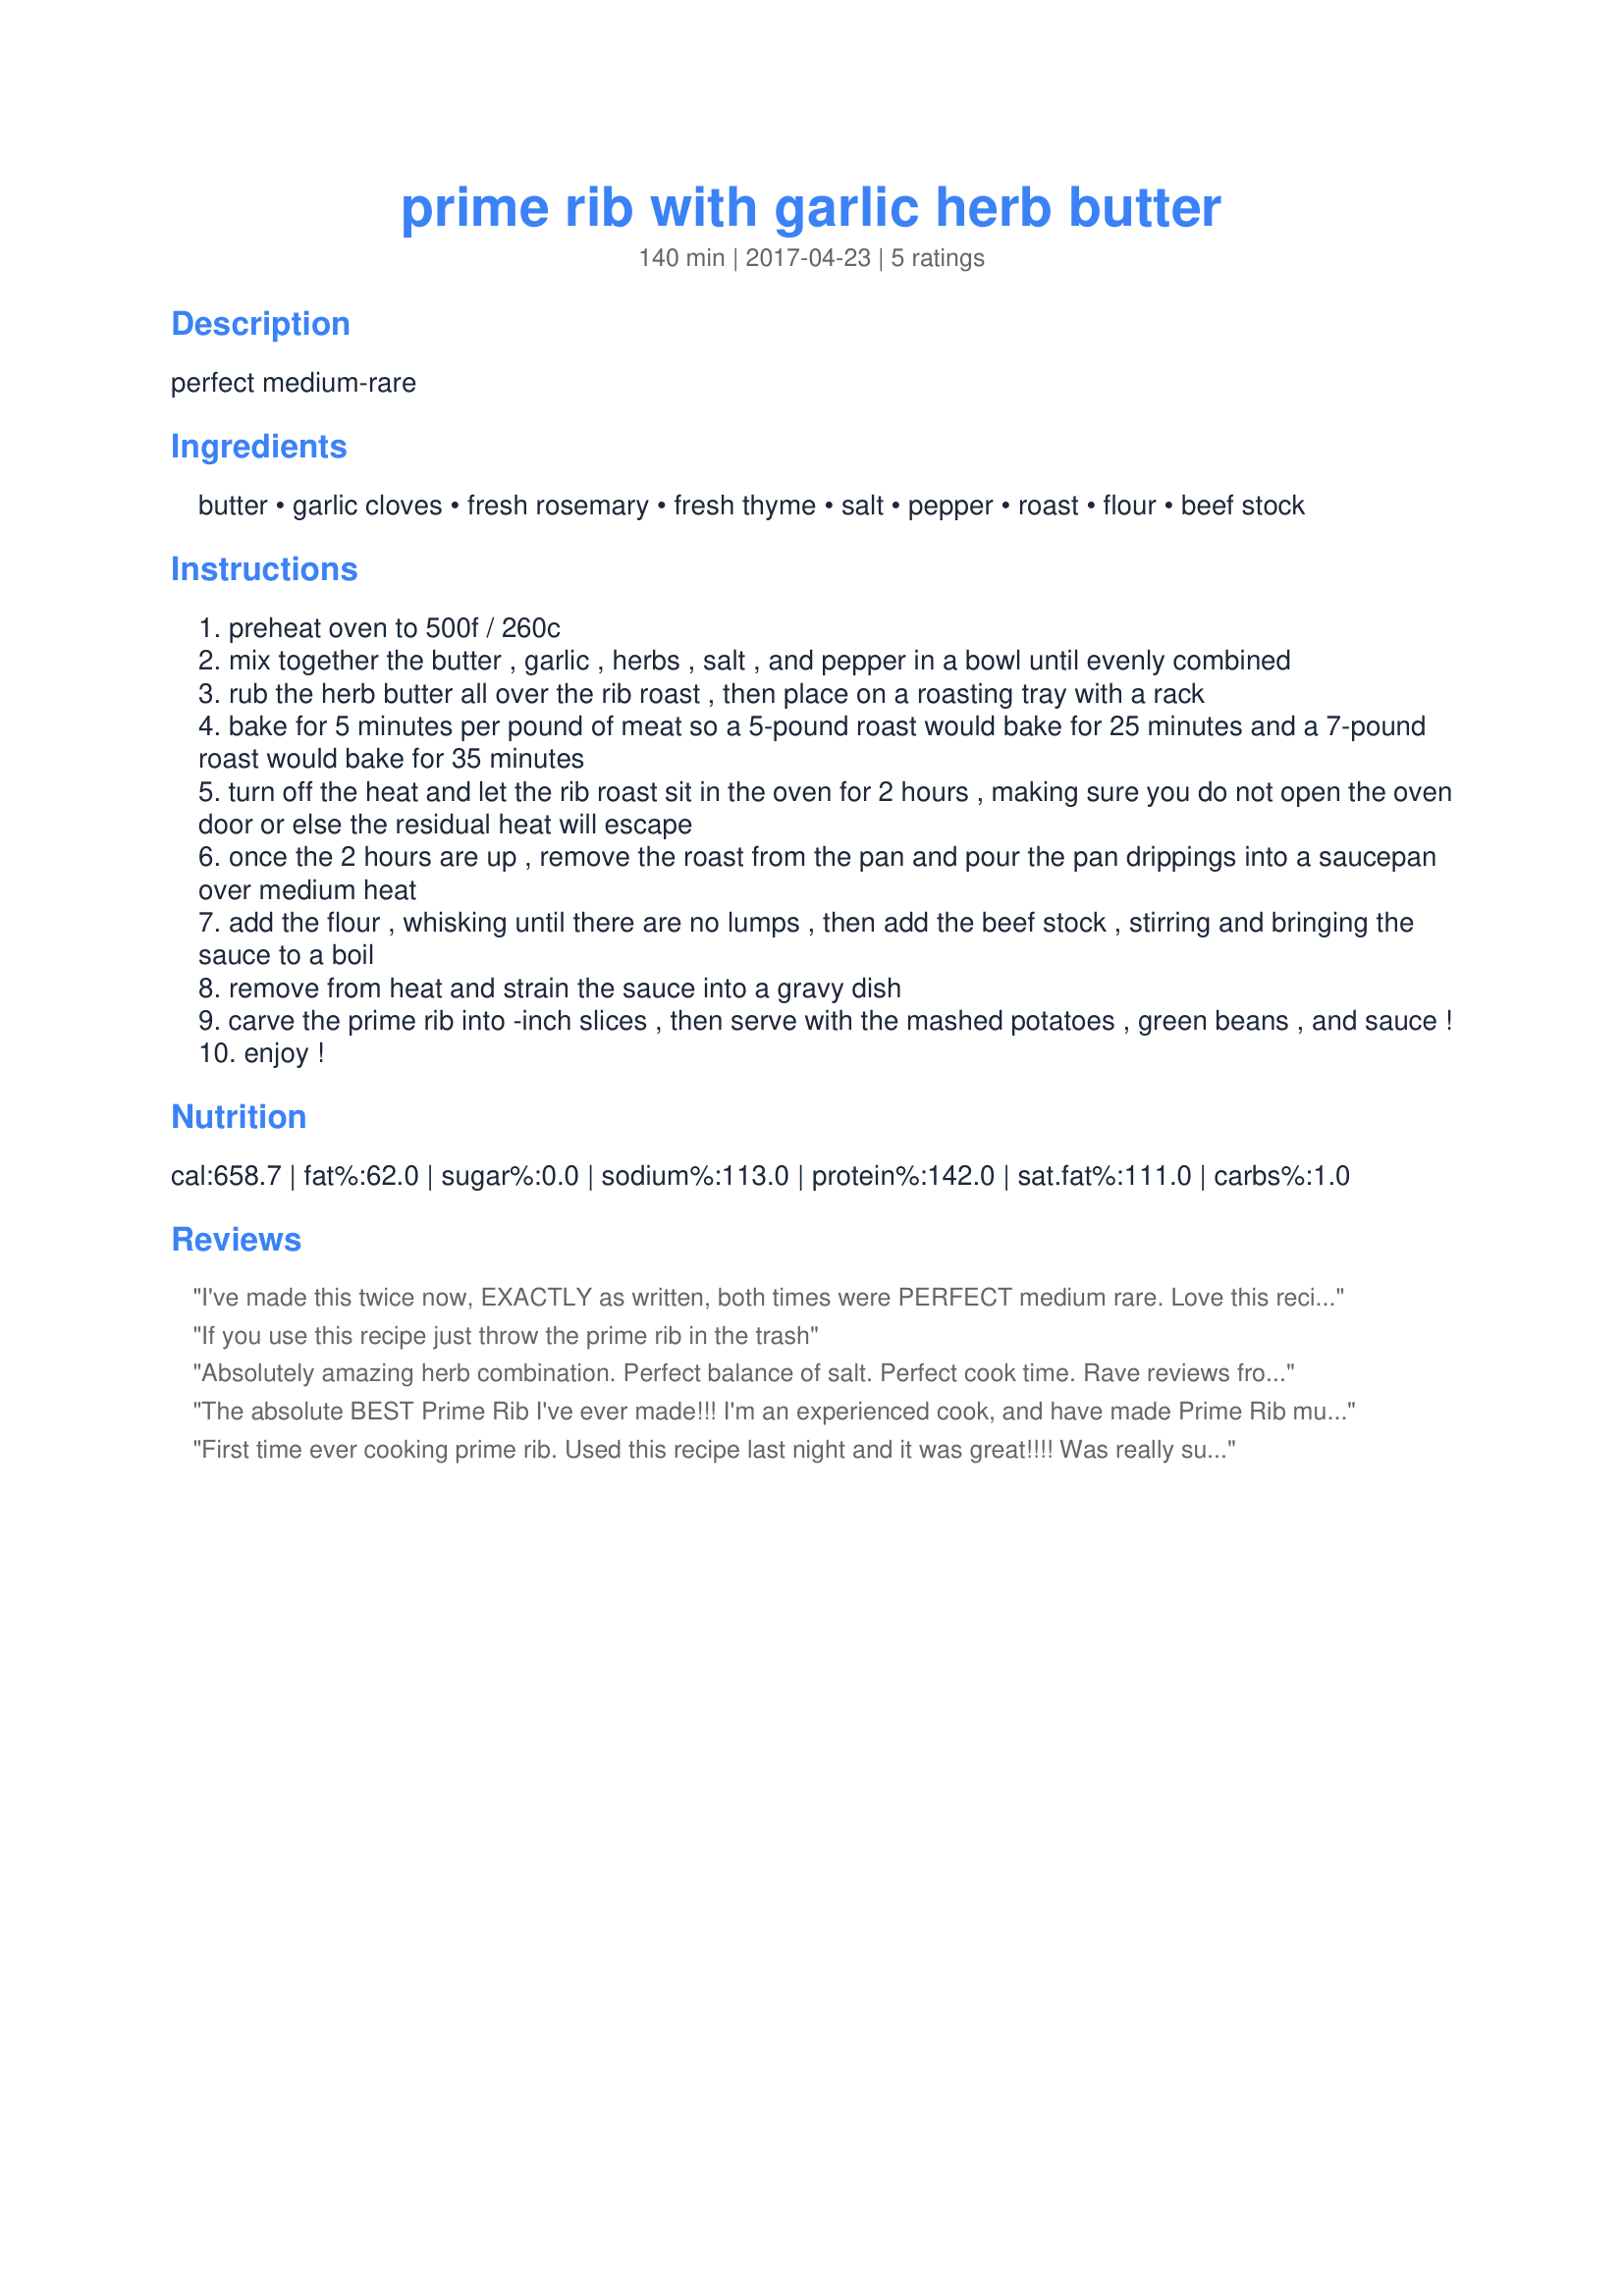
prime rib with garlic herb butter
Preparation time: 140 minutes

perfect medium-rare

Ingredients:
butter, garlic cloves, fresh rosemary, fresh thyme, salt, pepper, roast, flour, beef stock

Steps:
preheat oven to 500f / 260c
mix together the butter , garlic , herbs , salt , and pepper in a bowl until evenly combined
rub the herb butter all over the rib roast , then place on a roasting tray with a rack
bake for 5 minutes per pound of meat so a 5-pound roast would bake for 25 minutes and a 7-pound roast would bake for 35 minutes
turn off the heat and let the rib roast sit in the oven for 2 hours , making sure you do not open the oven door or else the residual heat will escape
once the 2 hours are up , remove the roast from the pan and pour the pan drippings into a saucepan over medium heat
add the flour , whisking until there are no lumps , then add the beef stock , stirring and bringing the sauce to a boil
remove from heat and strain the sauce into a gravy dish
carve the prime rib into -inch slices , then serve with the mashed potatoes , green beans , and sauce !
enjoy !

Reviews:
I've made this twice now, EXACTLY as written, both times were PERFECT medium rare. Love this recipe!!!
If you use this recipe just throw the prime rib in the trash
Absolutely amazing herb combination. Perfect balance of salt. Perfect cook time. Rave reviews from my guests.
The absolute BEST Prime Rib I've ever made!!! I'm an experienced cook, and have made Prime Rib multiple times ,but this by far is the best recipe I've ever used!! I've made this recipe with success multiple times!! Make sure you use a roasting rack. I find it browns better when I just wrap a cookie sheet with heavy foil, and put the roasting rack in top of it. Make sure to put beef broth on the bottom of the cookie sheet as well. It prevents the butter from getting burnt and no nasty burning smell or smoke. I set my oven on Convection Roast as well. Wrapping the pan in foil makes for easy clean up too! Bon Appetite!!
First time ever cooking prime rib. Used this recipe last night and it was great!!!! Was really surprised that 15 minutes per pound on the high temperature, then let sit in the oven a couple hours would cook as desired. IT WAS GREAT!!!!!
